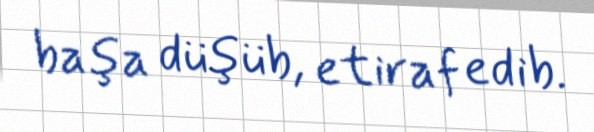
başa düşüb, etiraf edib.